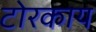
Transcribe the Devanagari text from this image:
टोरकाय